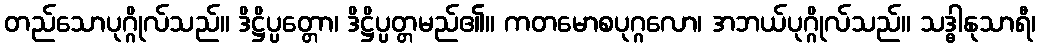
တည်သောပုဂ္ဂိုလ်သည်။ ဒိဋ္ဌိပ္ပတ္တော၊ ဒိဋ္ဌိပ္ပတ္တမည်၏။ ကတမောစပုဂ္ဂလော၊ အဘယ်ပုဂ္ဂိုလ်သည်။ သဒ္ဓါနုသာရီ၊